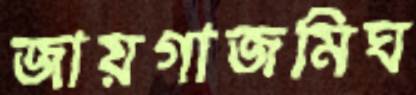
জায়গাজমিঘ